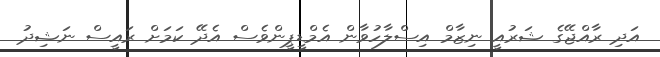
އަދި ރާއްޖޭގެ ޝަރުއީ ނިޒާމް އިސްލާހުވާން އެމްޑީޕީންވެސް އެދޭ ކަމަށް ރައީސް ނަޝިދު